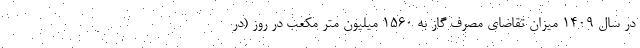
در سال ۱۴۰۹ میزان تقاضای مصرف گاز به ۱۵۶۰ میلیون متر مکعب در روز (در